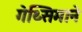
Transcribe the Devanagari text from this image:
गेथ्सिमाने